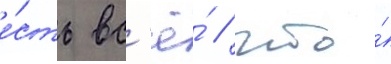
е́сть вс'ё́ / что́